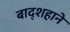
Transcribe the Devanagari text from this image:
बाद्शहाने